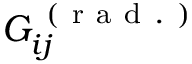
G _ { i j } ^ { \mathrm { ~ ( ~ r ~ a ~ d ~ . ~ ) ~ } }